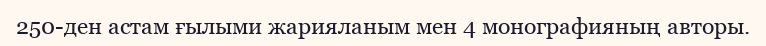
250-ден астам ғылыми жарияланым мен 4 монографияның авторы.